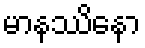
မာနဿိနော